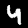
Digit: 4